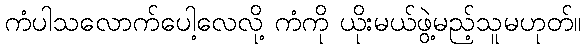
ကံပါသလောက်ပေါ့လေလို့ ကံကို ယိုးမယ်ဖွဲ့မည့်သူမဟုတ်။